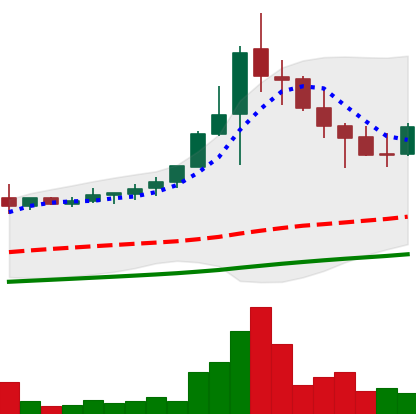
Ticker: NEO-USD
Chart end date: 2021-04-26
Forward return: 13.536%
Label: up_7plus